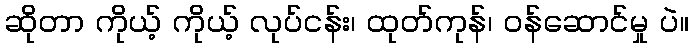
ဆိုတာ ကိုယ့် ကိုယ့် လုပ်ငန်း၊ ထုတ်ကုန်၊ ဝန်ဆောင်မှု ပဲ။